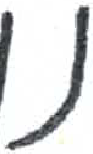
אות: נ